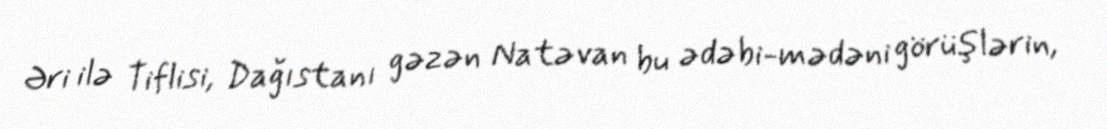
Əri ilə Tiflisi, Dağıstanı gəzən Natəvan bu ədəbi-mədəni görüşlərin,